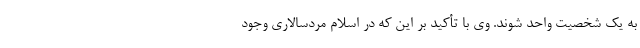
به یک شخصیت واحد شوند. وی با تأکید بر این که در اسلام مردسالاری وجود